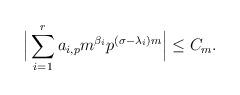
LaTeX: \begin{align*}\Big|\sum_{i=1}^{r}a_{i,p}m^{\beta_{i}}p^{(\sigma-\lambda_{i})m}\Big|\leq C_{m}.\end{align*}